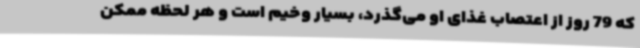
که 79 روز از اعتصاب غذای او می‌گذرد، بسیار وخیم است و هر لحظه ممکن